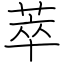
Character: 萃